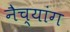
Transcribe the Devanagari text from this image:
नैच्यांग